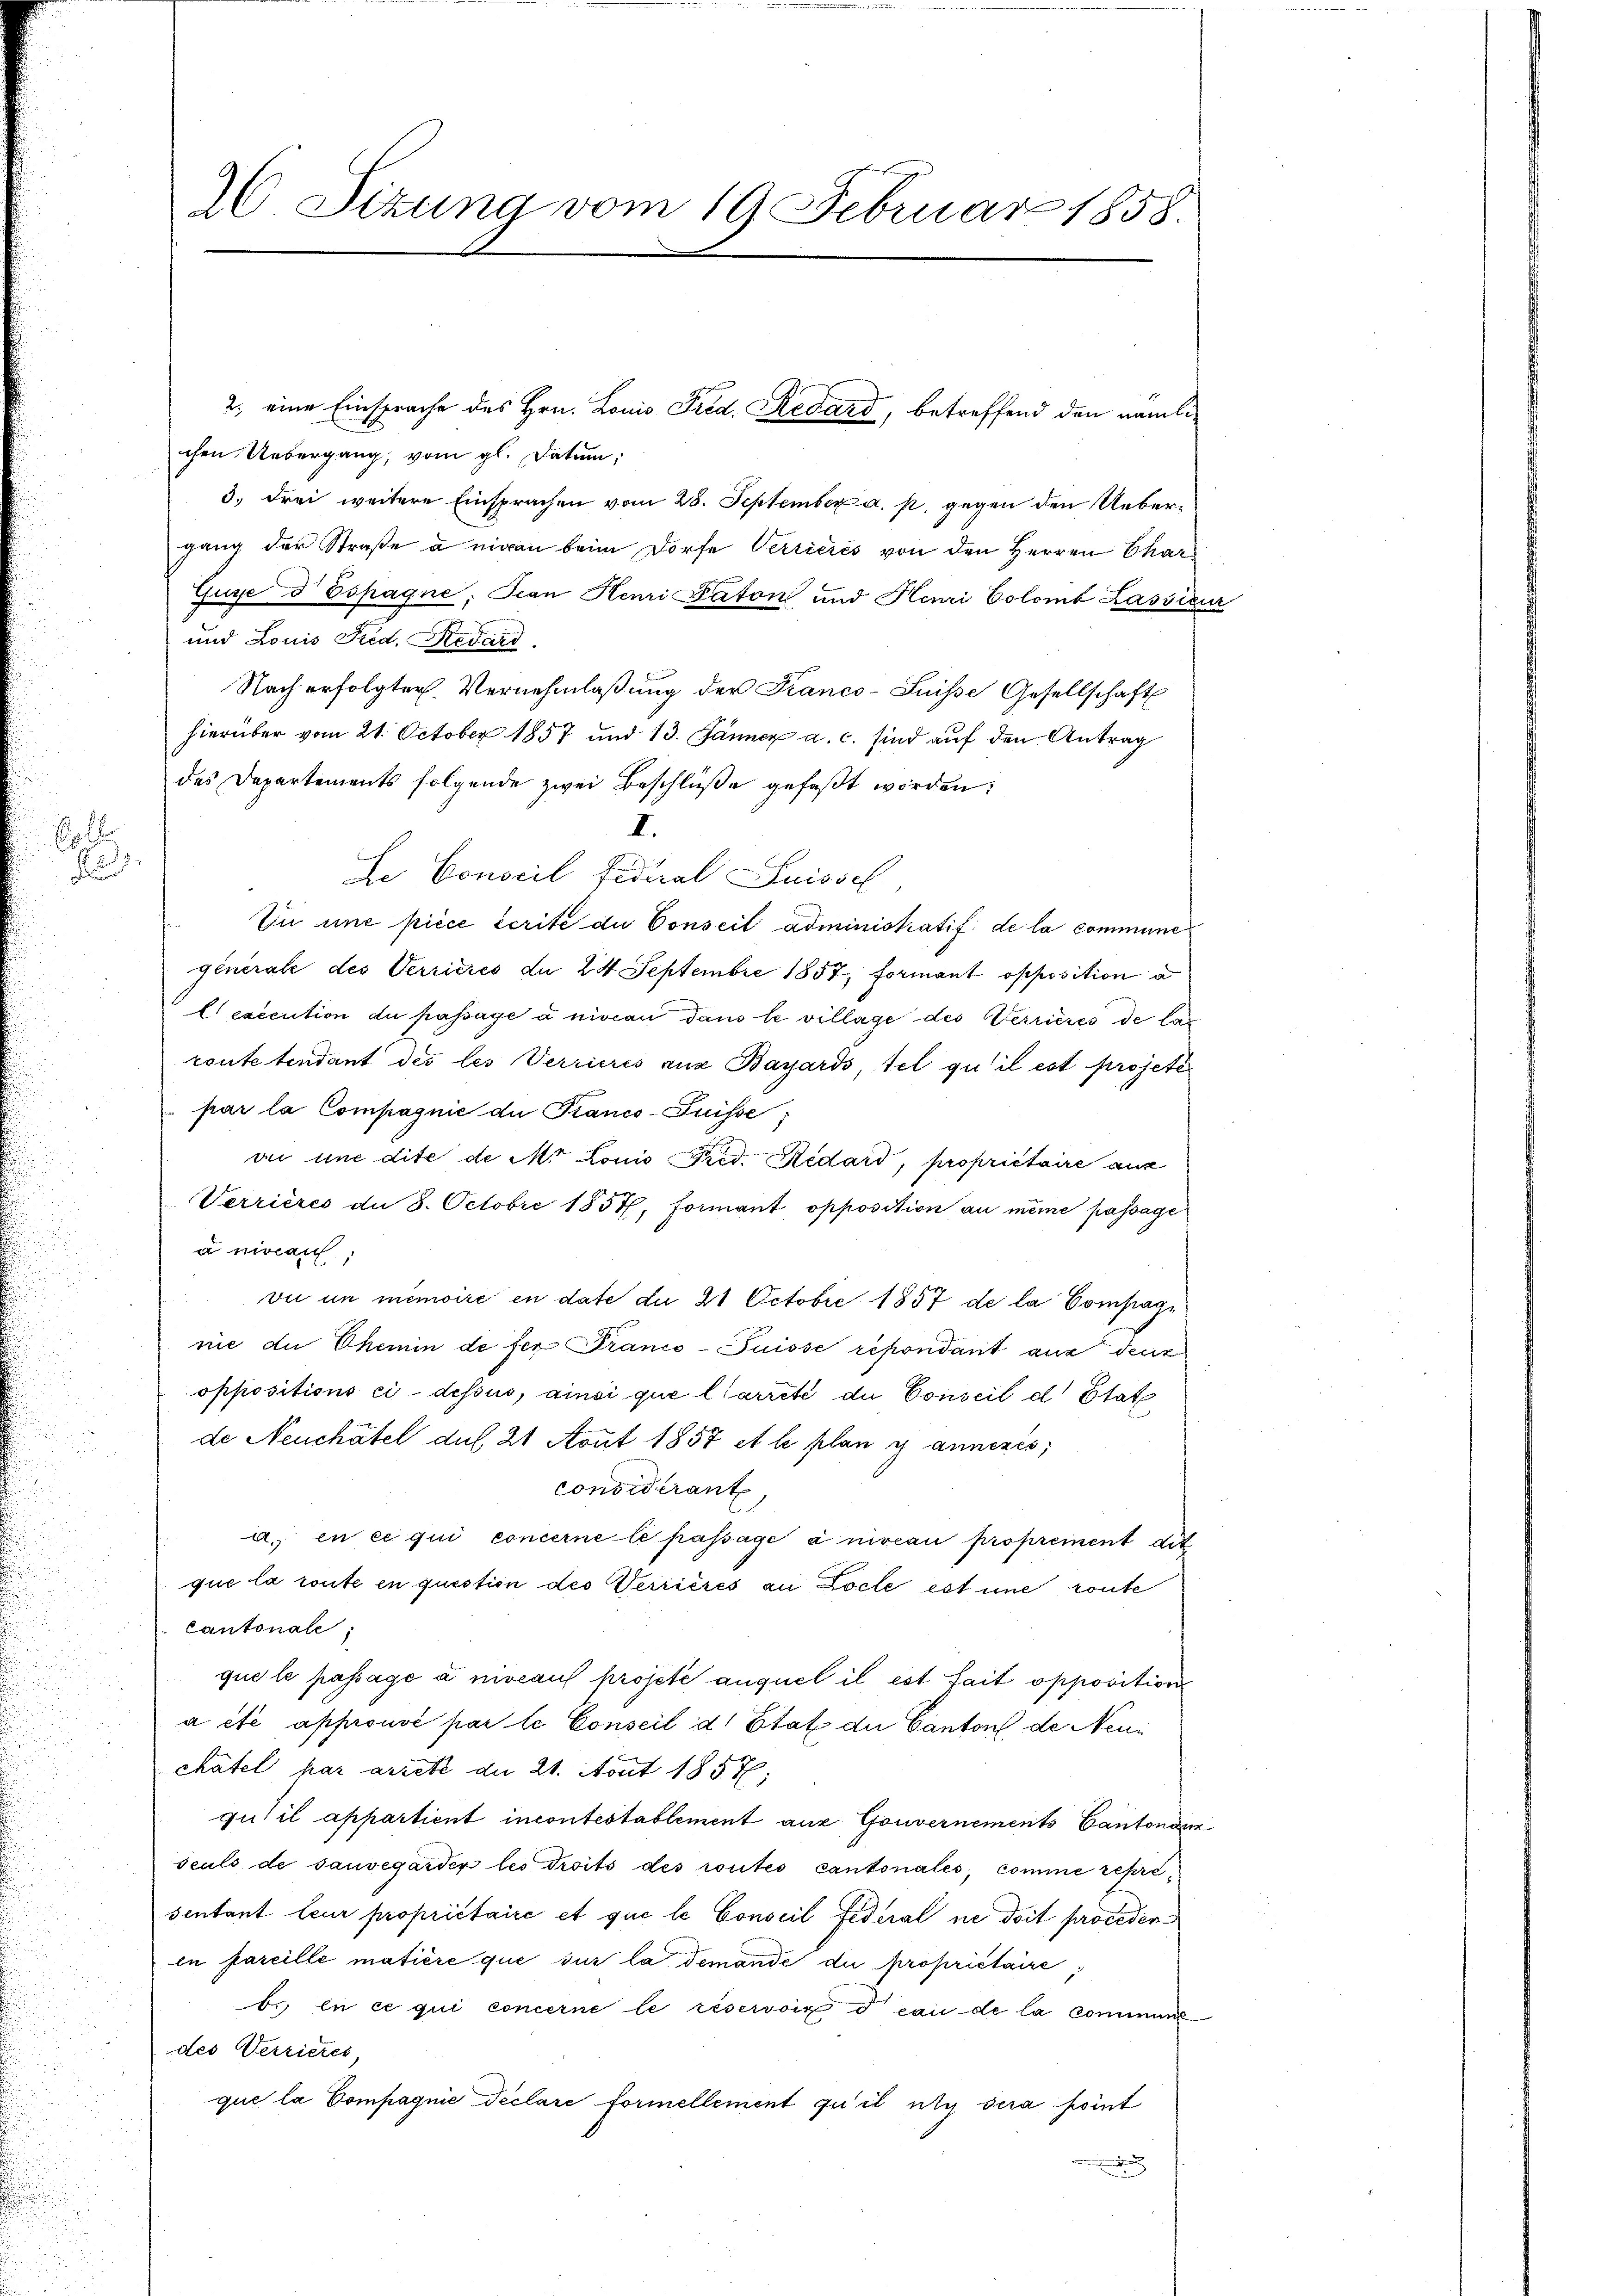
El
d

chen Uebergang, vom gl. Datum
3.) drei weitere Einsprachen vom 28. September a. p. gegen den Uebergang der Straße à nigen beim Dorfe Verricrés von den Herren Char
Guze d Espagne, Jean Henri Paton und Henri Colomb Lassien
und Louis Fred. Redard
Nach erfolgter Vernehmlaßung der Kranco-Suisse Gesellschaft
hierüber vom 21. October 1857 und 13. Jänner a. c. sind auf den Antrag
des Departements folgende zwei Beschlüße gefaßt worden:
I.
Le Conseil Fidual Suissel
Ei une piece écrite du Conseil administratif de la commune
générale des Verrieres du 24 Septembre 1857, formant opposition a
lexecution du passage à niveau dans le village des Verrieres de lan
routetendant des les Verrieres aus Bayards tel qu’il est projete
par la Compagnie du Pranco-Puisse;
an une dite de M. Louis Pred. Redard, propriétaire aus
Verrieres de 8. Octobre 1857, Formant opposition au même passage
 niveau
vie in memoire en date de 21 Octobre 1857 de la Compagn
nie du Chemin de fer Franco-Puisse répondant aus deut
oppositions ci-dessus, ainsi que l’arreté du Conseil d. Stat
de Neuchâtel auf 21 Aout 1857 et le plan y annezes;
considérant,
a., en ce qui concerne le passage à niveau proprement dit
que la route in question des Verrieres an octe est une route
Cantonale
que le passage à niveau projete auquel il est fait opposition
a été approuvé par le Conseil d. Etat der Cantons de Neui
chatel par artete du 21. Aout 1857:
gutil appartient incontestablement aus Gouvernements Cantona
seuls de sauvegarder les droits des routes cantonales, comme représentant leur propriétaire et que le Conseil Federal ne doit procederin pareille matière que sur la demande du propriétaire,
b., en ce qui concerne le réservoir d eau de la communedes Verzieres,
que la Compagnie Peclare formellement qu’il nty sera point

26 Sizung vom 19 Februar 1858.

2. eine Einsprache des Hrn. Louis Frid. Redard, betreffend den nämli¬